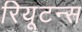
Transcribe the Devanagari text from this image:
रियूटन्स